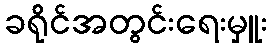
ခရိုင်အတွင်းရေးမှူး